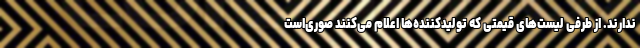
ندارند. از طرفی لیست‌های قیمتی که تولیدکننده‌ها اعلام می‌کنند صوری‌است